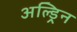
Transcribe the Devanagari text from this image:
अल्ड्रिन